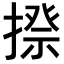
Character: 𢲉